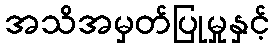
အသိအမှတ်ပြုမှုနှင့်